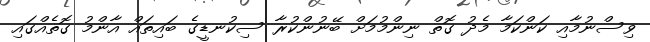
ވިސްނުމާއި ކަންކަމާ މެދު ގޮތް ނިންމުމަށް ބޭނުންކުރާ ސިކުނޑީގެ ބައިތައް އާންމު ގޮތެއްގައި